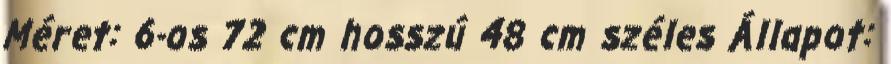
Méret: 6-os 72 cm hosszú 48 cm széles Állapot: